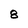
Character: 8